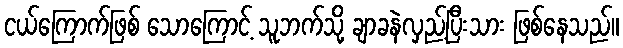
ငယ်ကြောက်ဖြစ် သောကြောင့် သူဘက်သို့ ချာခနဲလှည့်ပြီးသား ဖြစ်နေသည်။